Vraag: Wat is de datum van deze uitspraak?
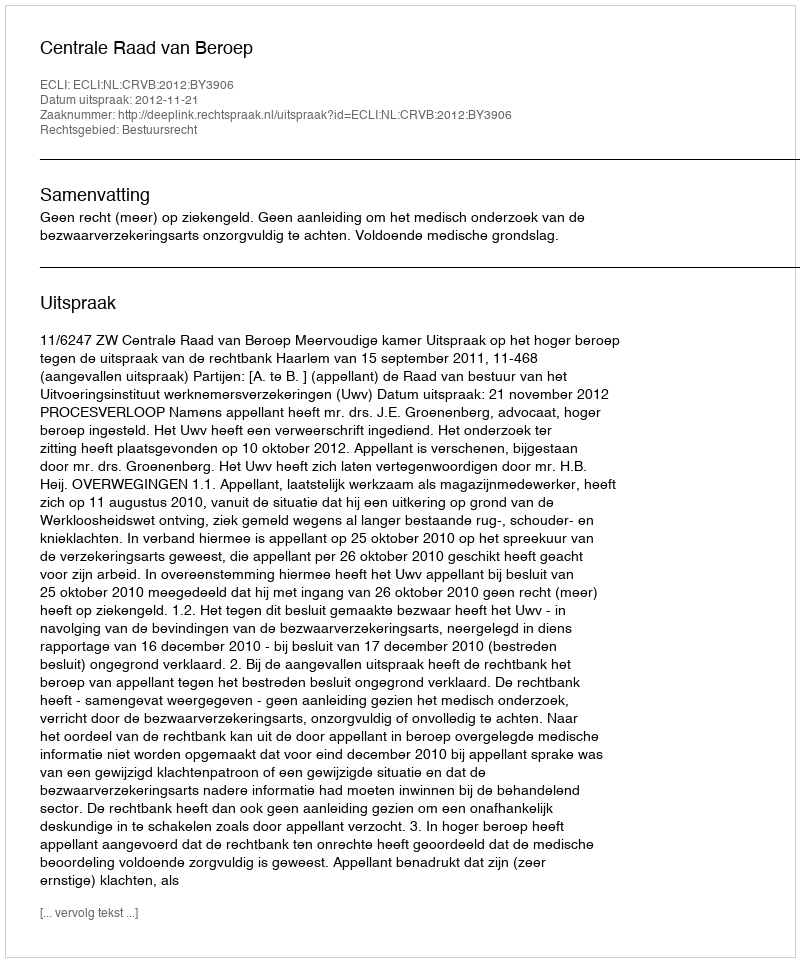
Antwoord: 2012-11-21